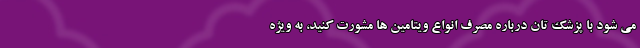
می شود با پزشک تان درباره مصرف انواع ویتامین ها مشورت کنید، به ویژه